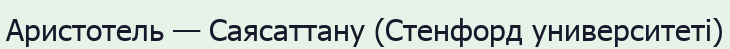
Аристотель — Саясаттану (Стенфорд университеті)